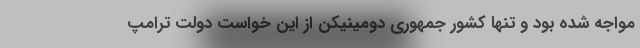
مواجه شده بود و تنها کشور جمهوری دومینیکن از این خواست دولت ترامپ